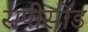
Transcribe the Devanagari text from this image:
सपीसोड